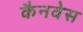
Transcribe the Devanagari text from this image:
कैनवेस